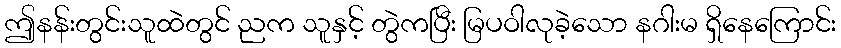
ဤနန်းတွင်းသူထဲတွင် ညက သူနှင့် တွဲကပြီး မြပဝါလုခဲ့သော နဂါးမ ရှိနေကြောင်း